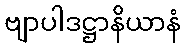
ဗျာပါဒဋ္ဌာနိယာနံ